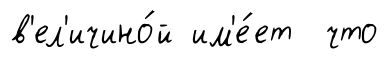
в'ел'ичино́й им'е́ет что